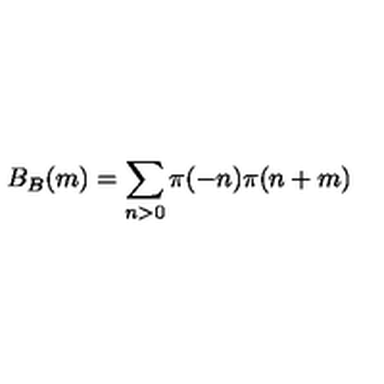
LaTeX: B _ { B } ( m ) = \sum _ { n > 0 } \pi ( - n ) \pi ( n + m )